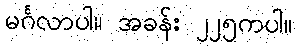
မင်္ဂလာပါ။ အခန်း ၂၂၅ကပါ။